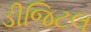
ડીજિટલ